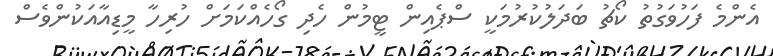
އެންމެ ފަހުވަގުތު ކޯޗު ބަދަލުކުރުމަކީ ސްޕެއިން ޓީމުން ހެދި ގޯހެއްކަމަށް ހުރިހާ މީޑިއާއަކުންވެސް